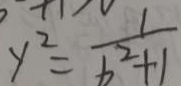
y ^ { 2 } = \frac { 1 } { b ^ { 2 } + 1 }